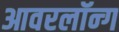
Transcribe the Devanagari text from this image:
आवरलॉन्ग